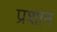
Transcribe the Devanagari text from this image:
प्रशान